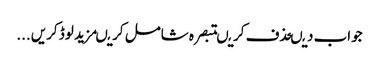
جواب دیںحذف کریںتبصرہ شامل کریںمزید لوڈ کریں...